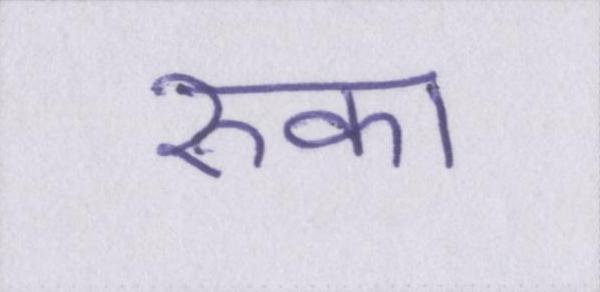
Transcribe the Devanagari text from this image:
रुका